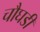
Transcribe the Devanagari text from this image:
चौघडी